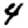
Digit: 4